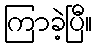
ကြာခဲ့ပြီ။